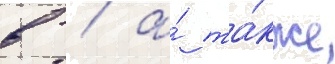
в / а́ та́кже